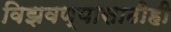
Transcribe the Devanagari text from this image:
विझवण्यासाठीही